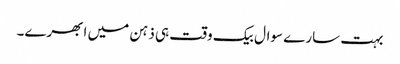
بہت سارے سوال بیک وقت ہی ذہن میں ابھرے۔